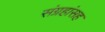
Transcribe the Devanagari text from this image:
संग्रहांसह